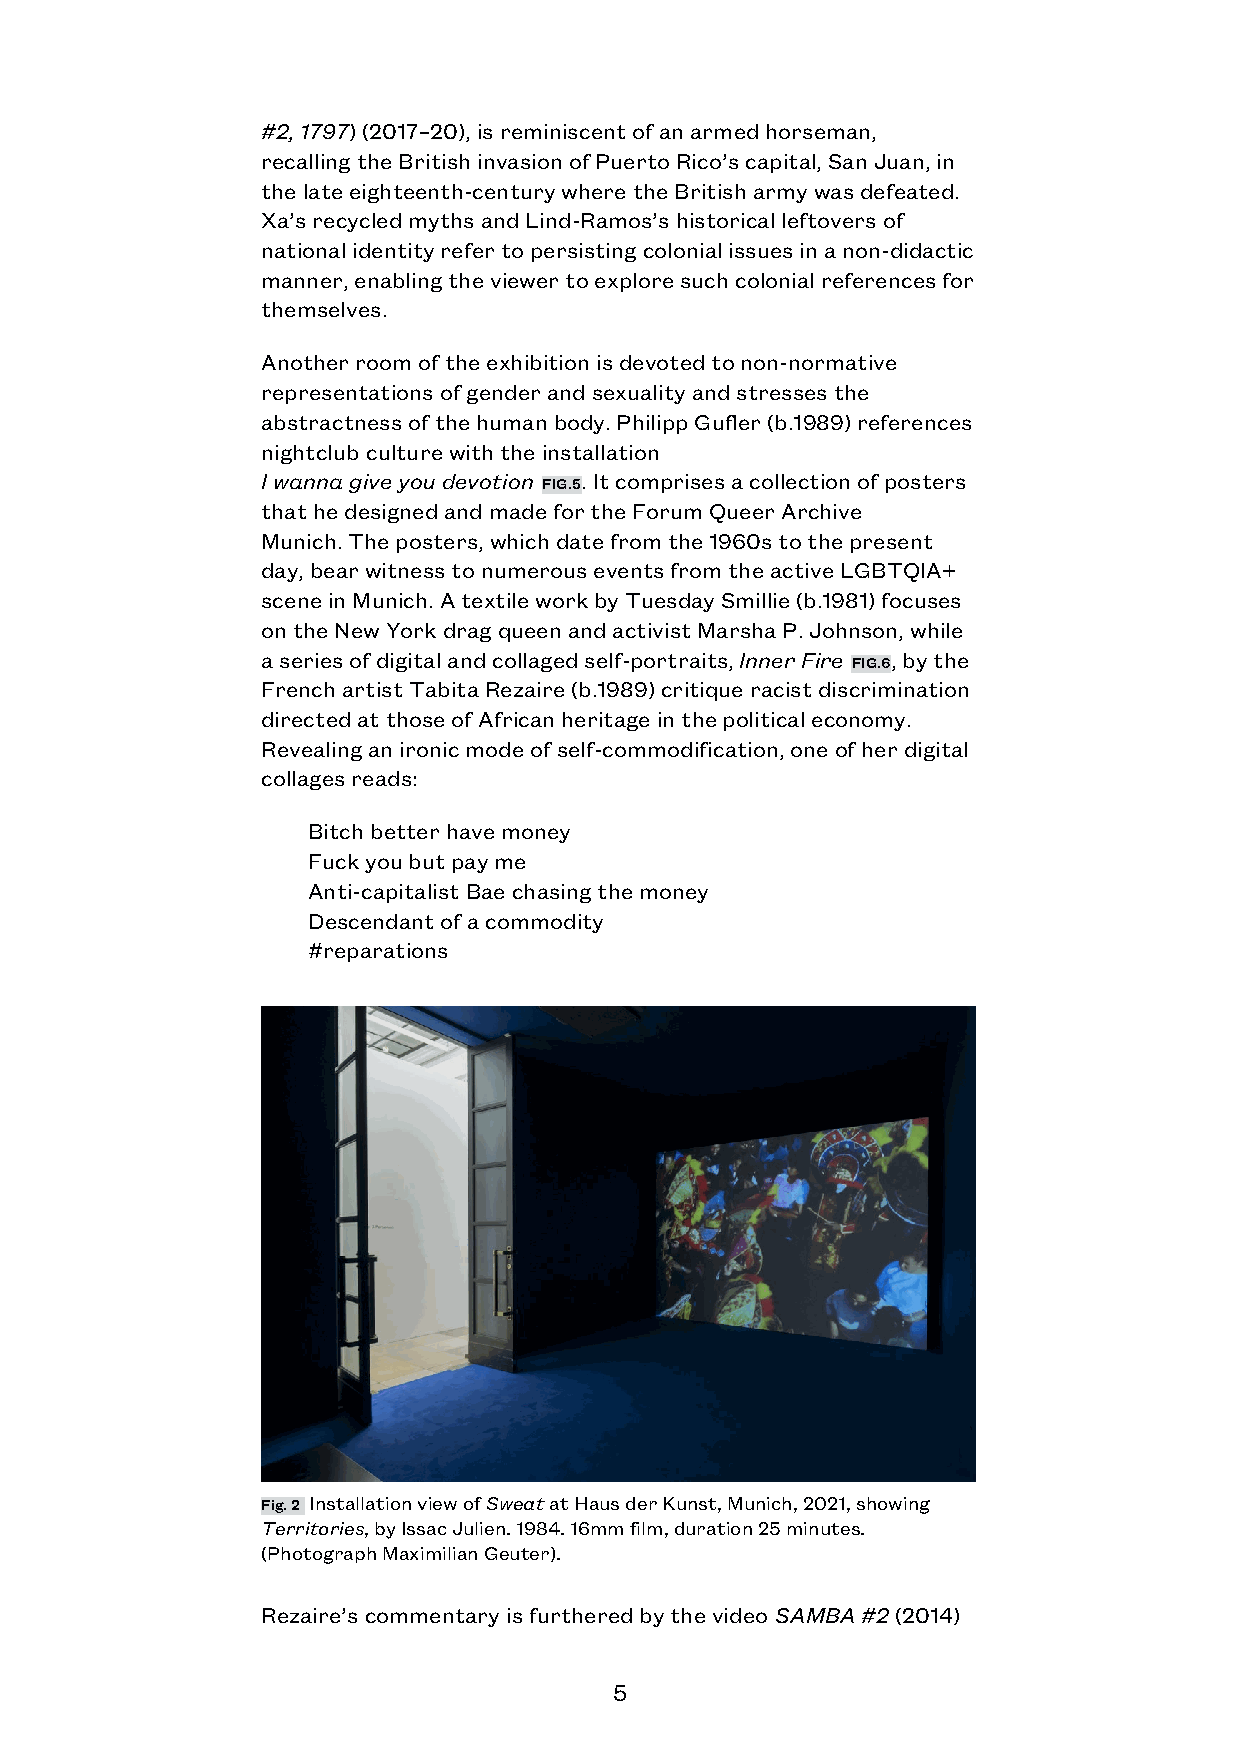
#2, 1797) (2017–20), is reminiscent of an armed horseman,
 recalling the British invasion of Puerto Rico’s capital, San Juan, in
 the late eighteenth-century where the British army was defeated.
 Xa’s recycled myths and Lind-Ramos’s historical leftovers of
 national identity refer to persisting colonial issues in a non-didactic
 manner, enabling the viewer to explore such colonial references for
 themselves.
 Another room of the exhibition is devoted to non-normative
 representations of gender and sexuality and stresses the
 abstractness of the human body. Philipp Gufler (b.1989) references
 nightclub culture with the installation
 I wanna give you devotion FIG.5. It comprises a collection of posters
 that he designed and made for the Forum Queer Archive
 Munich. The posters, which date from the 1960s to the present
 day, bear witness to numerous events from the active LGBTQIA+
 scene in Munich. A textile work by Tuesday Smillie (b.1981) focuses
 on the New York drag queen and activist Marsha P. Johnson, while
 a series of digital and collaged self-portraits, Inner Fire FIG.6, by the
 French artist Tabita Rezaire (b.1989) critique racist discrimination
 directed at those of African heritage in the political economy.
 Revealing an ironic mode of self-commodification, one of her digital
 collages reads:
 Bitch better have money
 Fuck you but pay me
 Anti-capitalist Bae chasing the money
 Descendant of a commodity
 #reparations
 Fig. 2 Installation view of Sweat at Haus der Kunst, Munich, 2021, showing
 Territories, by Issac Julien. 1984. 16mm film, duration 25 minutes.
 (Photograph Maximilian Geuter).
 Rezaire’s commentary is furthered by the video SAMBA #2 (2014)
 5